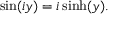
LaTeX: \sin ( i y ) = i \sinh ( y ) .